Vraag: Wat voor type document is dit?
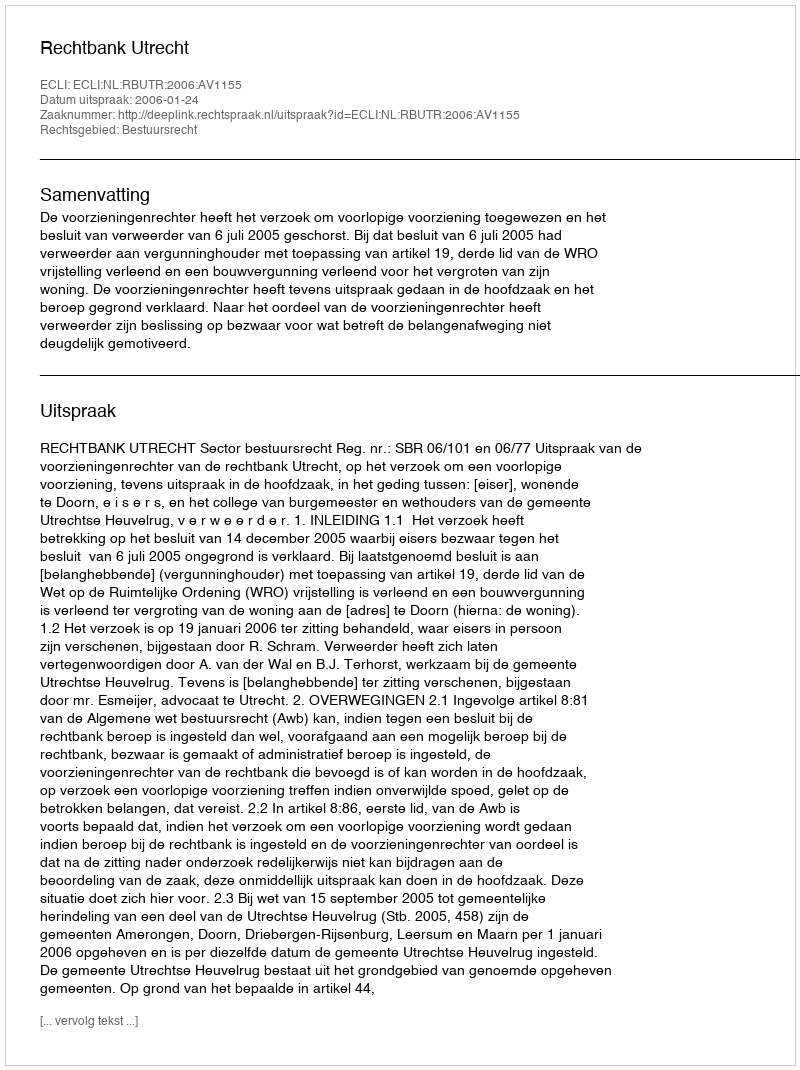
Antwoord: Uitspraak